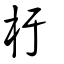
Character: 杅